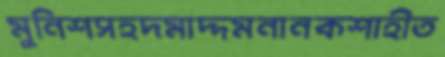
মুনিশসহদমাদ্দমনানকশাহীত